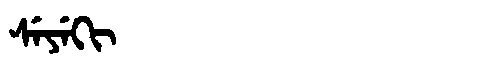
Manchu: ᠰᡝᠶᡝᡴᡳ
Romanization: SEYEKI